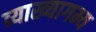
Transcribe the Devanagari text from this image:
व्याख्यागम्य